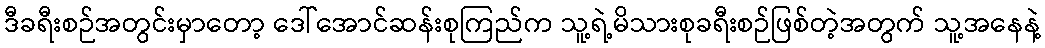
ဒီခရီးစဉ်အတွင်းမှာတော့ ဒေါ်အောင်ဆန်းစုကြည်က သူ့ရဲ့မိသားစုခရီးစဉ်ဖြစ်တဲ့အတွက် သူ့အနေနဲ့